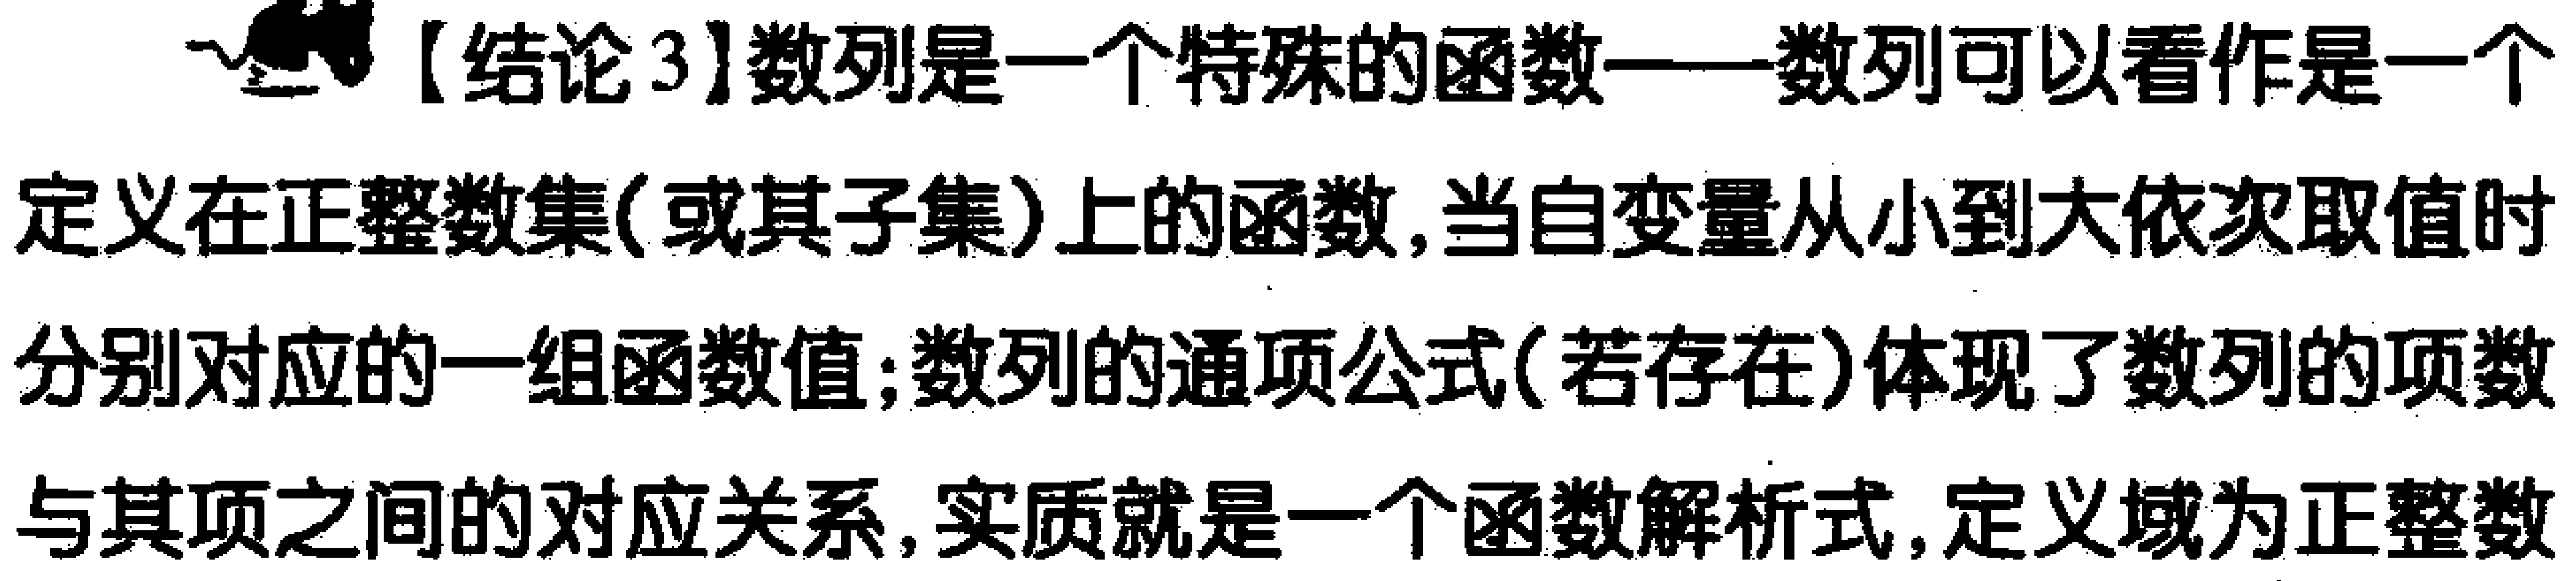
【结论3】数列是一个特殊的函数——数列可以看作是一个定义在正整数集(或其子集)上的函数,当自变量从小到大依次取值时分别对应的一组函数值;数列的通项公式(若存在)体现了数列的项数与其项之间的对应关系,实质就是一个函数解析式,定义域为正整数